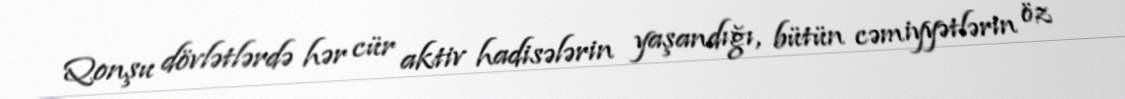
Qonşu dövlətlərdə hər cür aktiv hadisələrin yaşandığı, bütün cəmiyyətlərin öz